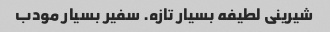
شیرینی لطیفه بسیار تازه. سفیر بسیار مودب